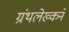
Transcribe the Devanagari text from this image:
ग्रंथलेख्कने